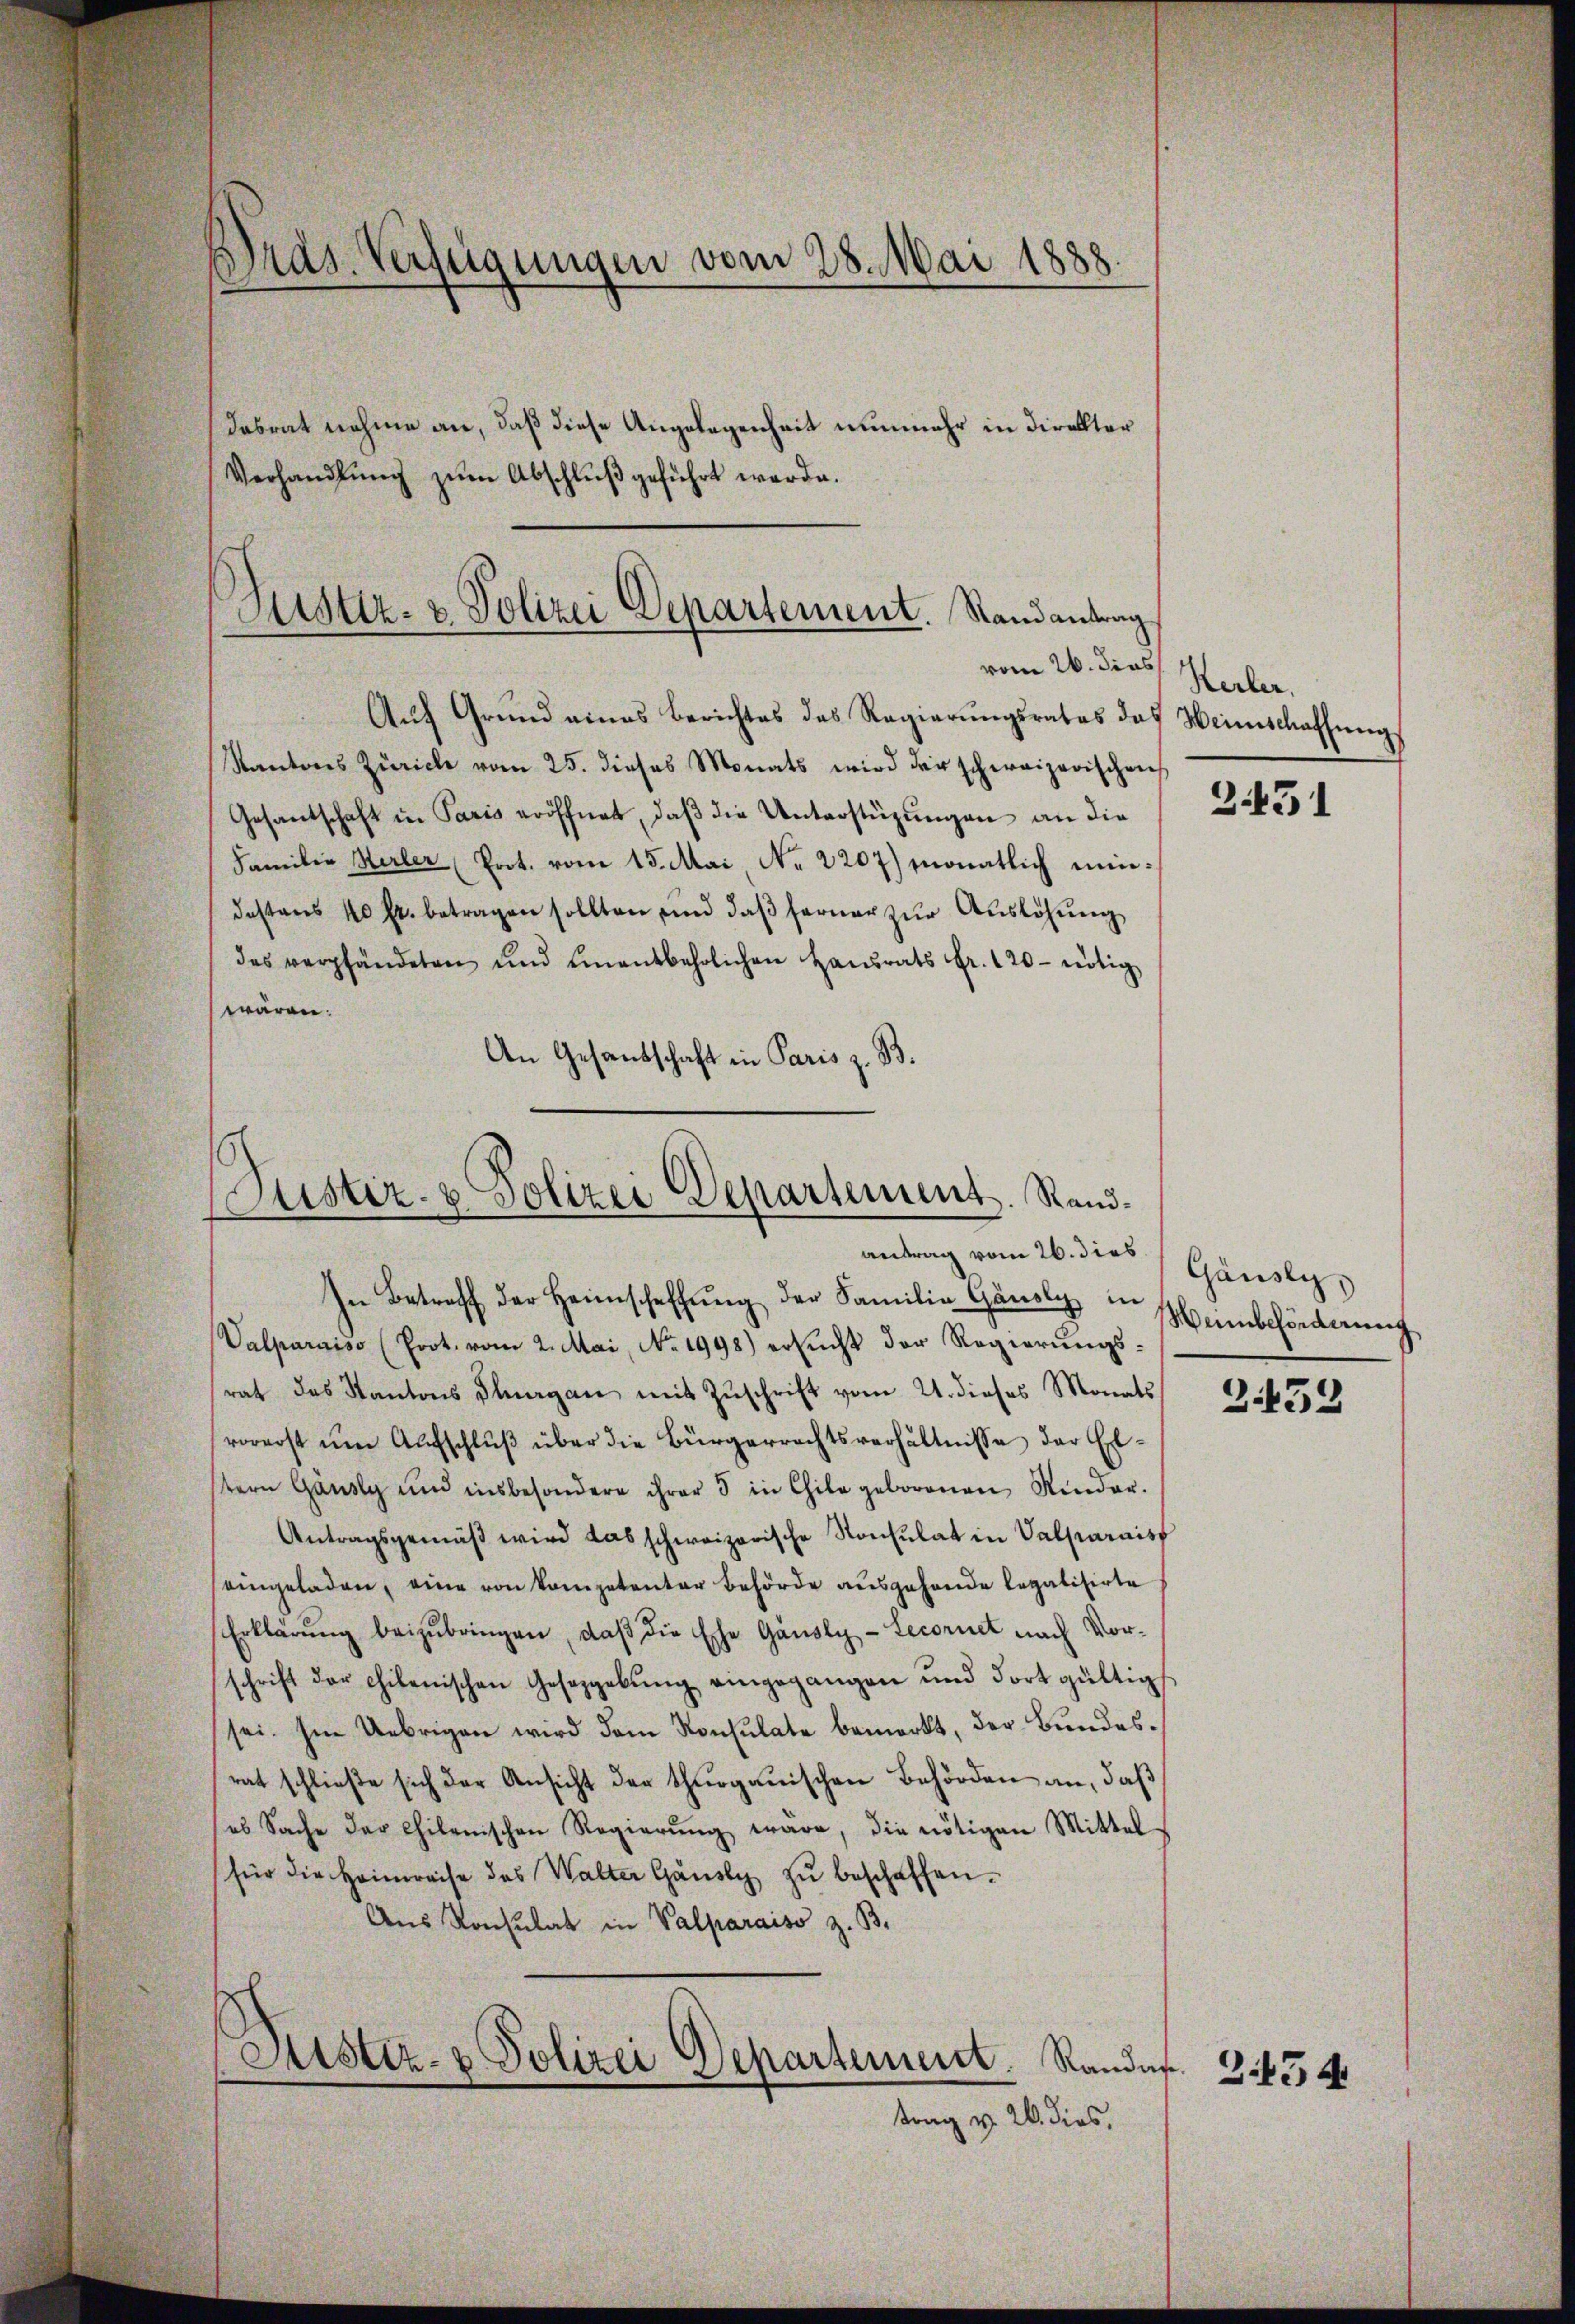
Dras Verfügungen vom 28. Mai 1888.
e

Verhandlung zum Abschluß geführt werde.

Dabrat nehme an, daß diese Angelegenheit nunmehr in direkter

Justiz- & Polizei Departement. Stand antrag
vom 26. dies

Auf Grund eines Berichtes des Regierungsrates das Weinschaffungs
Kantons Zürich vom 25. dieses Monats wird der schweizerischen
Gesantschaft in Paris eröffnet, daß die Unterstüzungen an die
Familie Herler (Prot. vom 15. Mai No 2207) monatlich mindestens 10 fr. betragen sollten, und daβ ferner zŭr Aŭslösung
des verpfändeten und einentbehrlichen Hausrats Fr. 120- nötig
wären.
An Gesandschaft in Paris z. B.

Justiz- & Polizei Departement. Randantrag vom 26. dies

In Betreff der Heimschaffung der Familie Gänsly in
Valparaiso (Prot. vom 2. Mai, No. 1998) ersucht der Regierungsrat das Kantons Pluagan mit Zŭschrift vom 21. dieses Monats
vorerst um Aufschlŭβ über die Bürgerrechtsverhältnisse der Erstern Gänsly und insbesondere ihrer 3 in Chile geborenen Rieder.
Antragsgemäβ wird das schweizerische Konsulat in Valparais
eingeladen, eine von kompetentar Behörde ausgehende legalisirte
Erklärŭng beizubringen, daß die Ehe Gänsly-Lecoriret nach Vorschrift der chilenischen Geseggebŭng eingegangen und fort gültig
sei. Im Uebrigen wird dem Konsulate bemerkt, der Bundesrat schließe sich der Ansicht der thurgauischen Behörden an, daß
es Sache der Chilenischen Regierŭng wäre, die nötigen Mittel-
für die Heimreise des Walter Gänsly zŭ beschaffen.
Aus Konsulat in Valparaiso z. B.
Sistiz- & Polizei Departement. Randes. Z. 635 4
trag v. 2. dies

Kerker.

2451

Gänsly,
Hainbeförderung

Z.52